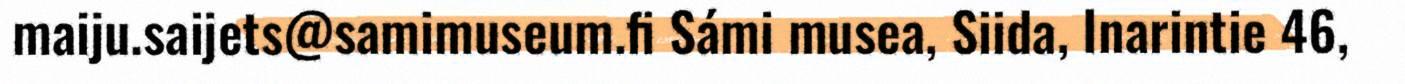
maiju.saijets@samimuseum.fi Sámi musea, Siida, Inarintie 46,